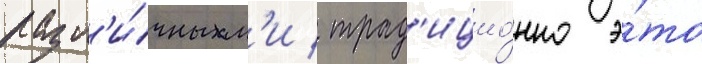
разл'и́чным'и / трад'ицио́нно э́то